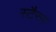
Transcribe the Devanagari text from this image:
स्टैरन